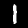
Label: 1